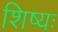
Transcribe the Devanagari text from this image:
शिष्यः